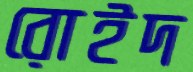
রোইদ